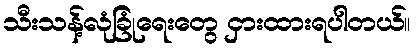
သီးသန့်လုံခြုံရေးတွေ ငှားထားရပါတယ်။